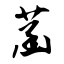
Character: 菡